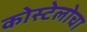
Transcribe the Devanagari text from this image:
कोस्टेलोचा